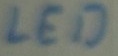
Text: LED